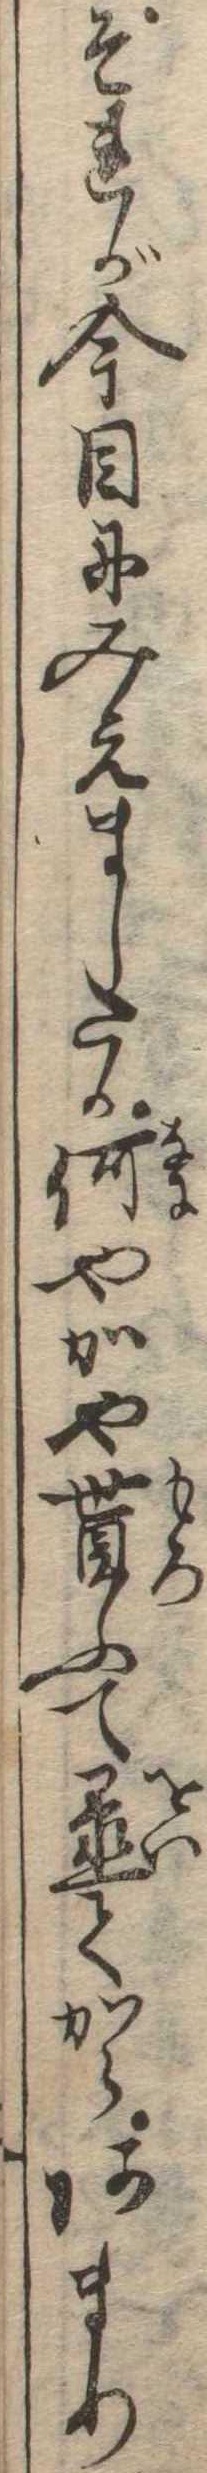
それが今目にみえましたか何やかや貰ふて置てからあまり